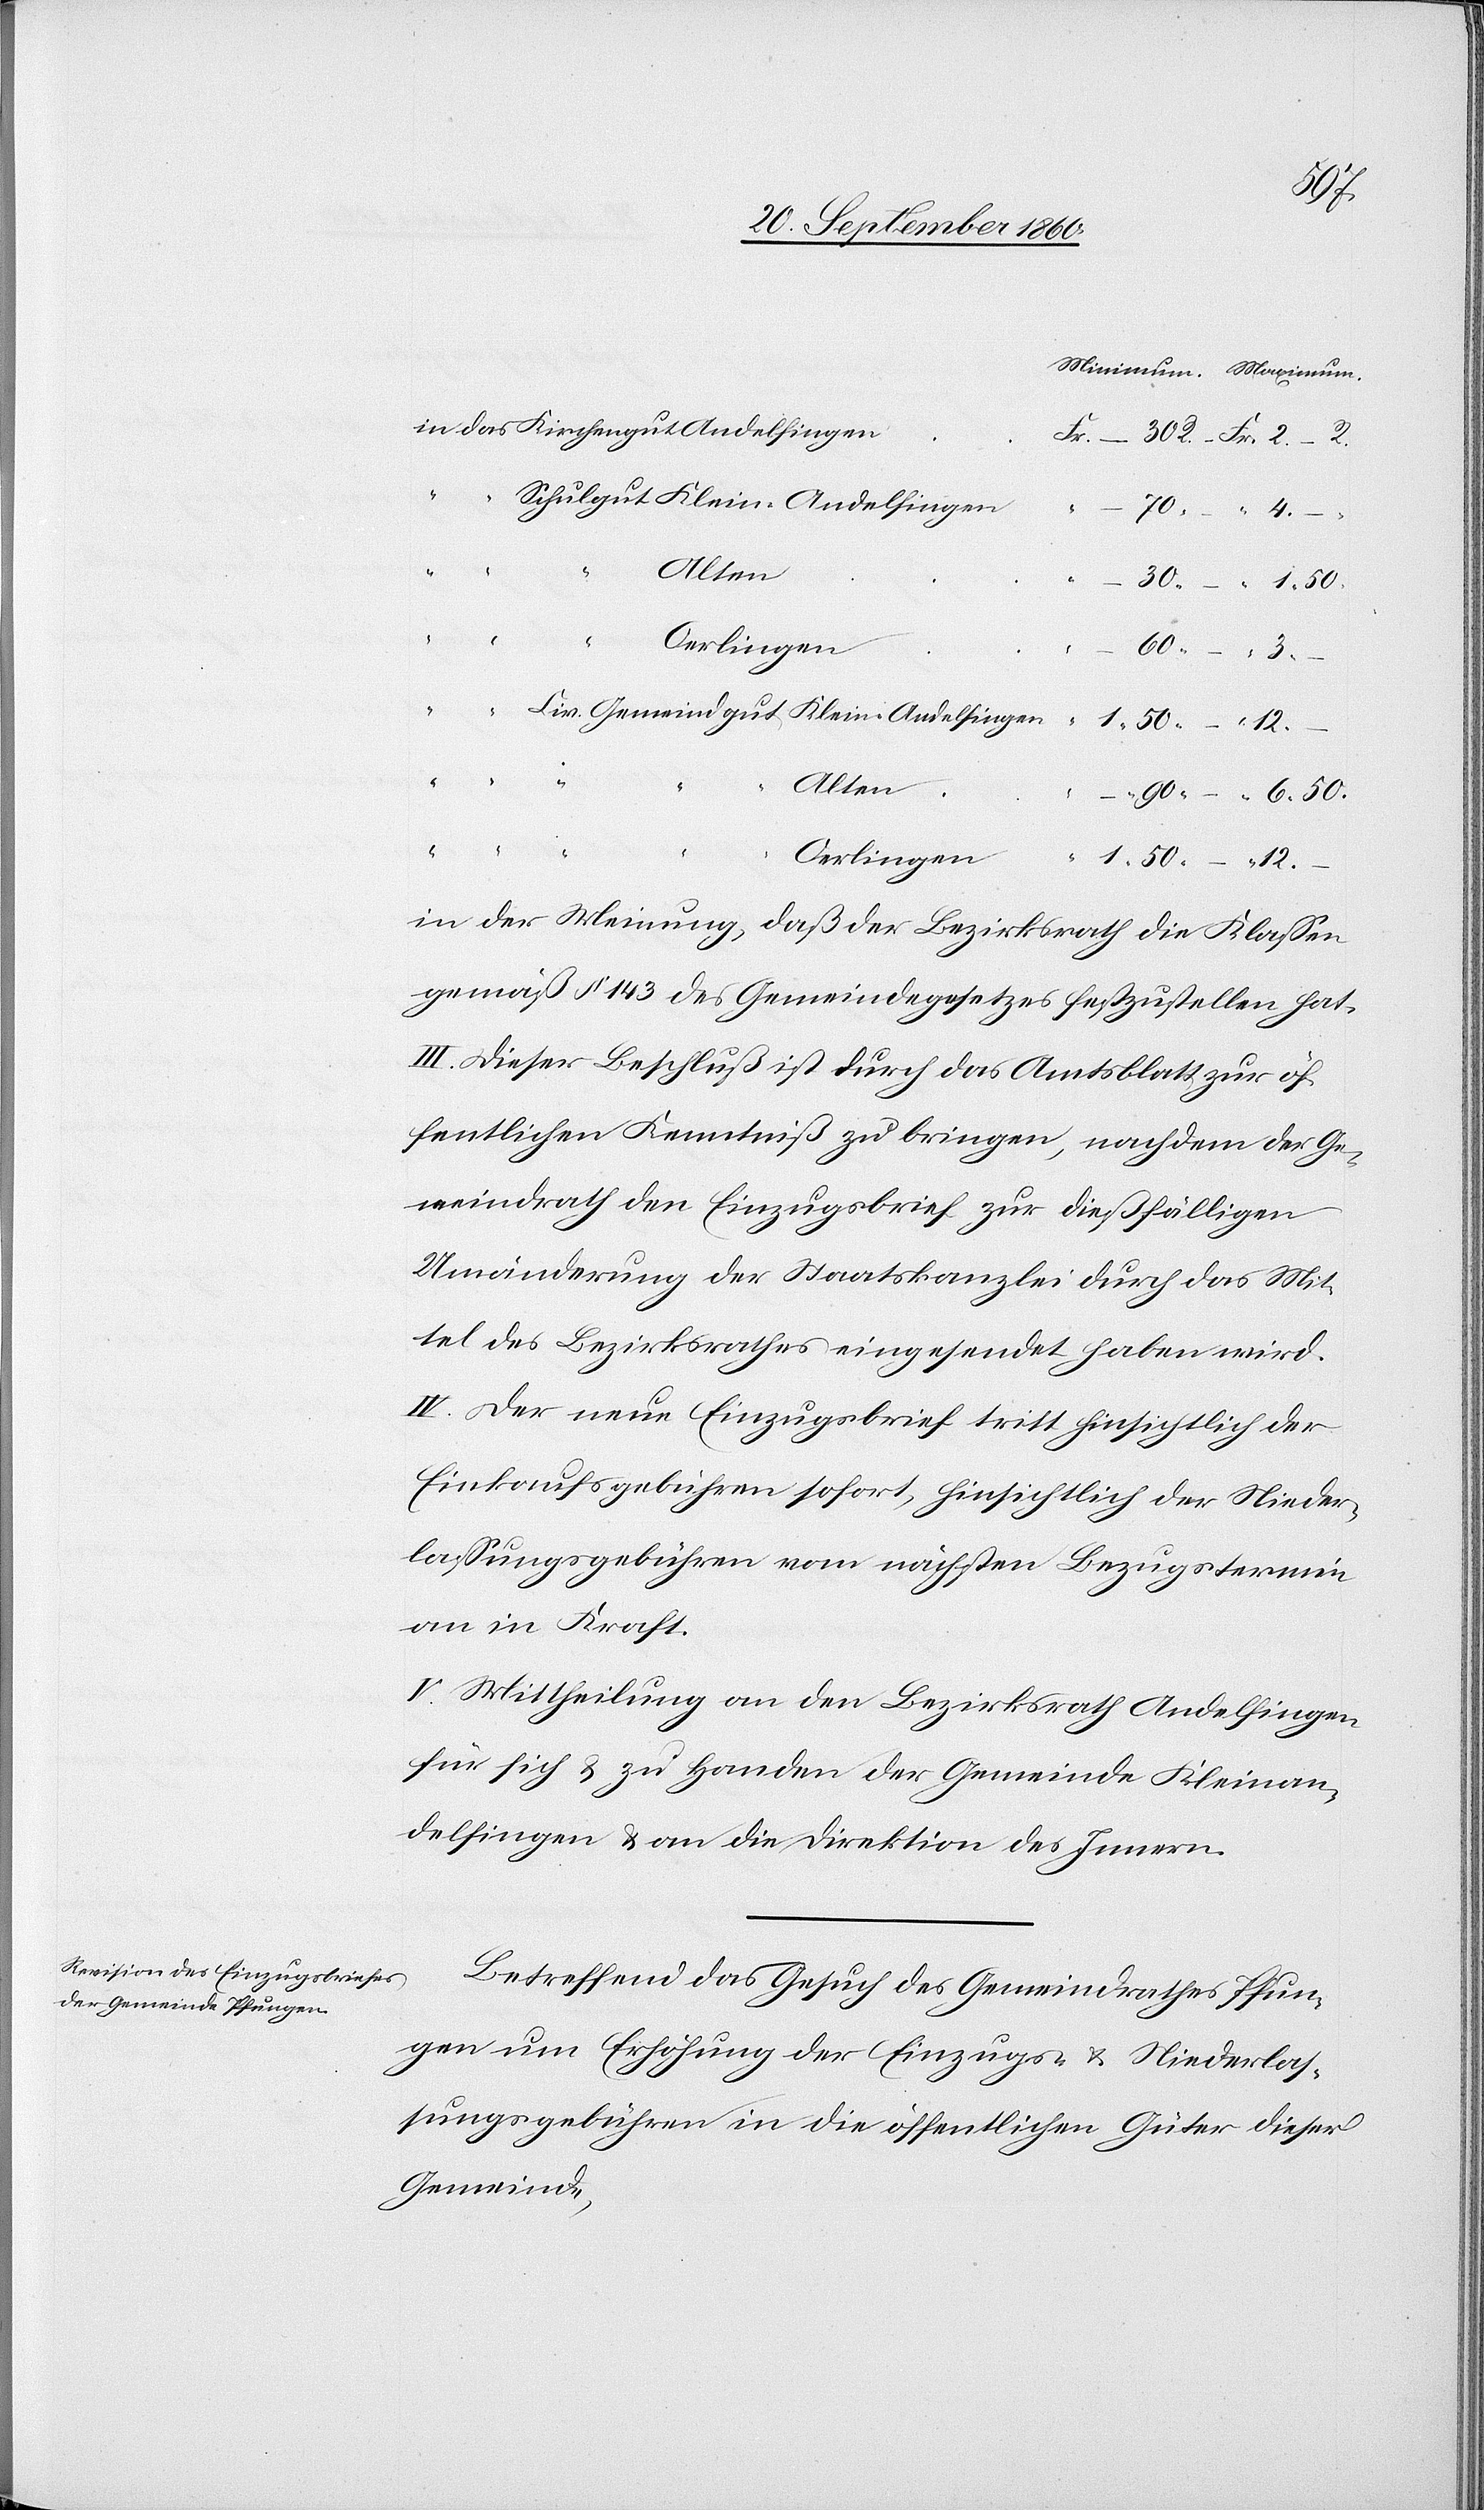
4
Alten
Kleinan¬
Oerlingen
50
Andelfingen
gut
6
50
12
in der Meinung, daß der Bezirksrath die Klassen
gemäß § 143 des Gemeindegesetzes festzustellen hat.
III. Dieser Beschluß ist durch das Amtsblatt zur öf¬
fentlichen Kenntniß zu bringen, nachdem der Ge¬
meindrath den Einzugsbrief zur dießfälligen
Umänderung der Staatskanzlei durch das Mit¬
tel des Bezirksrathes eingesendet haben wird.
IV. Der neue Einzugsbrief tritt hinsichtlich der
Einkaufsgebühren sofort, hinsichtlich der Nieder¬
lassungsgebühren vom nächsten Bezugstermin
an in Kraft.
V. Mittheilung an den Bezirksrath Andelfingen
für sich & zu Handen der Gemeinde Kleinan¬
delfingen & an die Direktion des Innern.
Betreffend das Gesuch des Gemeindrathes Pfun¬
gen um Erhöhung der Einzugs- & Niederlas¬
sungsgebühren in die öffentlichen Güter dieser
Gemeinde,